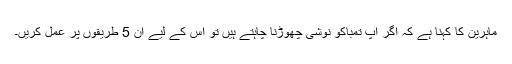
ماہرین کا کہنا ہے کہ اگر آپ تمباکو نوشی چھوڑنا چاہتے ہیں تو اس کے لیے ان 5 طریقوں پر عمل کریں۔